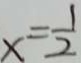
x = \frac { 1 } { 2 }